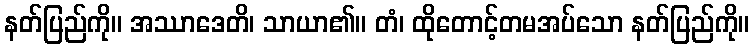
နတ်ပြည်ကို။ အဿာဒေတိ၊ သာယာ၏။ တံ၊ ထိုတောင့်တမအပ်သော နတ်ပြည်ကို။